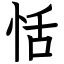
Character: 恬